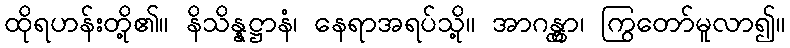
ထိုရဟန်းတို့၏။ နိသိန္နဋ္ဌာနံ၊ နေရာအရပ်သို့။ အာဂန္တွာ၊ ကြွတော်မူလာ၍။